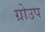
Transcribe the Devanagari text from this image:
ग्रोउप